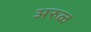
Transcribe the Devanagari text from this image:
अरुळ